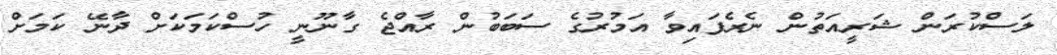
ލަސްކުރަން ޝަރީއަތުން ނެރެފައިވާ އަމުރުގެ ސަބަބުން ރާއްޖެ ގާނޫނީ ހުސްކަމަކަށް ދާނޭ ކަމަށް